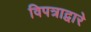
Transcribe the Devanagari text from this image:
विपत्राद्वारे